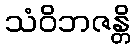
သံဝိဘဇန္တိ